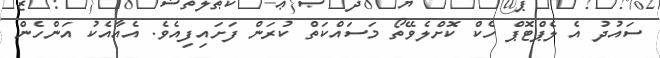
ސައުދު އެ ލެޕްޓޮޕް ހެކް ކޮށްލެވޭތޯ މަސައްކަތް ކުރަން ފަށައިފިއެވެ. އެއާއެކު އަންހެން